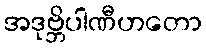
အဒုဗ္ဘိပါဏီဟတော